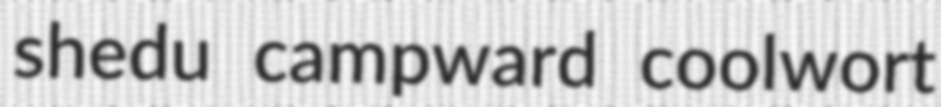
shedu campward coolwort